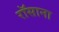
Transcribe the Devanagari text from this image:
रॉसाना